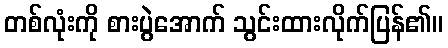
တစ်လုံးကို စားပွဲအောက် သွင်းထားလိုက်ပြန်၏။